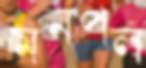
মনপল